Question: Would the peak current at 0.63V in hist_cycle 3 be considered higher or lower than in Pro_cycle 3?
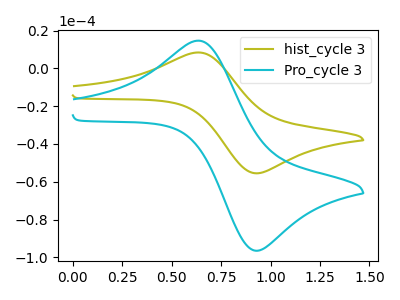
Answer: <think>The olive curve "hist_cycle 3" has an anodic peak at (0.65V, 8.45uA) and a cathodic peak at (0.95V, -55.40uA). The cyan curve "Pro_cycle 3" has an anodic peak at (0.65V, 14.70uA) and a cathodic peak at (0.95V, -96.25uA).</think>
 <answer>The peak at 0.63V is lower in "hist_cycle 3" than in "Pro_cycle 3".</answer>
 <eval>lower</eval>